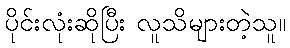
ပိုင်းလုံးဆိုပြီး လူသိများတဲ့သူ။